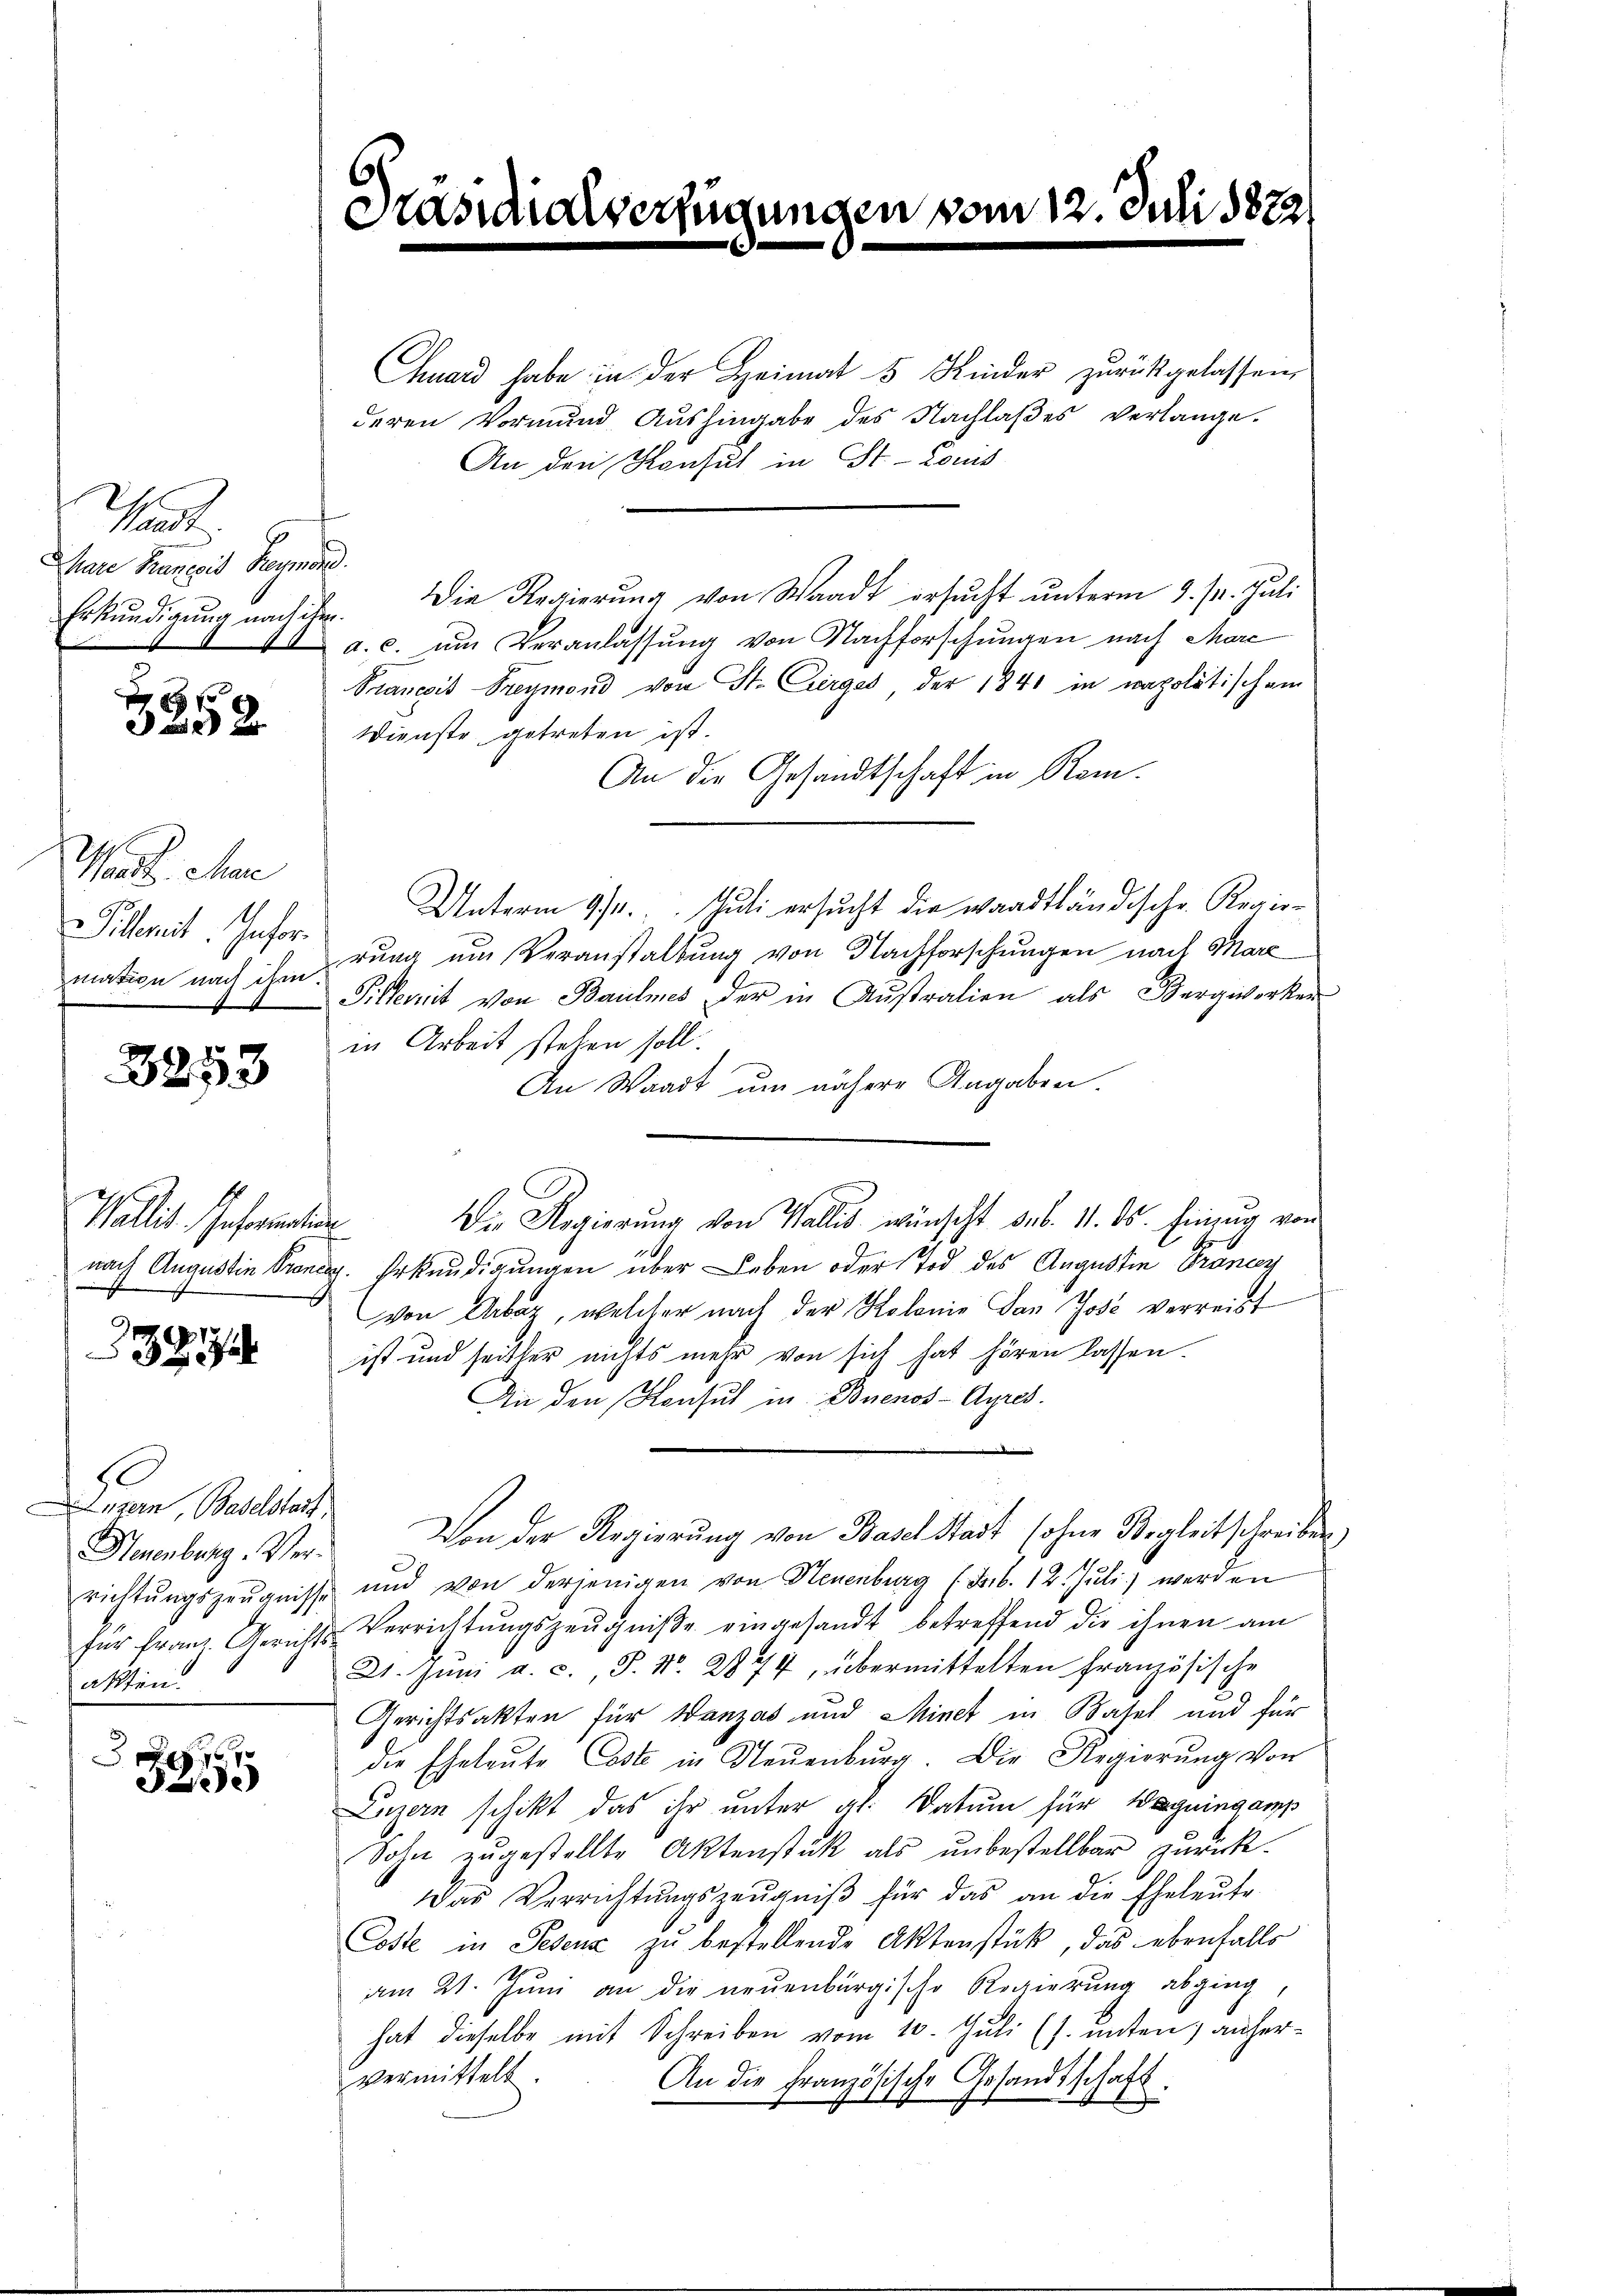
heit
Mare Transit Hermand.
Erkundigung nach ihm

x
3 x

Mart. Mar
18
illnit. Information nach ihm.

3253

Wallis. Information

323

S
uzern, Baselstadt
Neuenburg. Verakten.

761
ee

huard habe in der Heimat 5 Kinder zurückgelassen,
deren Vormund Aŭshingabe des Nachlaβes verlange-
An den Konsul in St. Louis
Die Regierŭng von Waadt ersŭcht ŭnterm 9. pr. Juli
a. c. um Veranlassung von Nachforschungen nach Marc
Prancois Freymond von St. Cierges der 1841 in napolitischem
Dienste getreten ist.
An die Gesandtschaft in Rom.
Unterm 9ten Juli ersucht die waadtländische Regierung um Veranstaltung von Nachforschungen nach Marz
Pillerit von Baumes der in Australien als Bergwerker
in Arbeit stehen soll.
An Waadt um nähere Angaben.
Die Regierŭng von Wallis wünscht sub. 11. ds. Einzug von
nach Augustin Prang. Erkundigungen über Leben oder Tod des Augustin Francey
von Ueber, welcher nach der Kolonie dan Jose verreist
ist und seither nichts mehr von sich hat hören lassen.
An den Konsul in Buenos-Ayres.
Von der Regierŭng von Basel Stadt (ohne Begleitschreiben,
richtŭngszeŭgnisse und von derjenigen von Neuenburg (Feb. 12. Jŭli) werden
für franz. Gerichts Verrichtŭngszeŭgniβe eingesandt betreffend die ihnen am
21. Jŭni a. c., S. Nr. 2874, übermittelten Französische
Gerichtsakten für Wanzas und Minet in Basel und für
die Eheleŭte Caste in Neŭenbŭrg. Die Regierŭng von
Ho
Luzern schikt das ihr unter al. Datum für Waguingamp
Sohn zugestellte Aktenstück als unbestellbar zurückdas Verrichtŭngszeŭgniβ für das an die Eheleute
Coste in Petenz zu bestellende Aktenstück, das ebenfalls
am 21. Juni an die neuenburgische Regierung abging,
hat dieselbe mit Schreiben vom 10. Juli (s. unten) anhervermittelt.
An die Französische Gesandtschaft.

Präsidialverfügungen vom 12. Juli 182